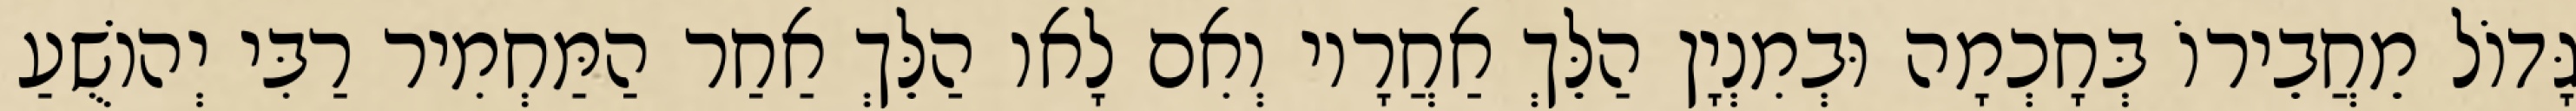
גָּדוֹל מֵחֲבֵירוֹ בְּחָכְמָה וּבְמִנְיָן הַלֵּךְ אַחֲרָיו וְאִם לָאו הַלֵּךְ אַחַר הַמַּחְמִיר רַבִּי יְהוֹשֻׁעַ